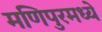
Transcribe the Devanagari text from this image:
मणिपुरमध्ये